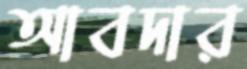
আবদার